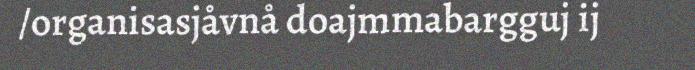
/organisasjåvnå doajmmabargguj ij